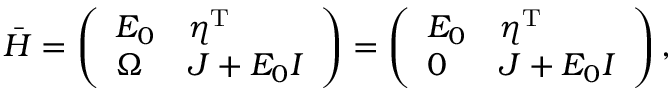
\begin{array} { r } { \boldsymbol { \bar { H } } = \left( \begin{array} { l l } { E _ { 0 } } & { \boldsymbol { \eta } ^ { \mathrm { T } } } \\ { \boldsymbol \Omega } & { \boldsymbol { J } + E _ { 0 } \boldsymbol { I } } \end{array} \right) = \left( \begin{array} { l l } { E _ { 0 } } & { \boldsymbol { \eta } ^ { \mathrm { T } } } \\ { \boldsymbol 0 } & { \boldsymbol { J } + E _ { 0 } \boldsymbol { I } } \end{array} \right) , } \end{array}